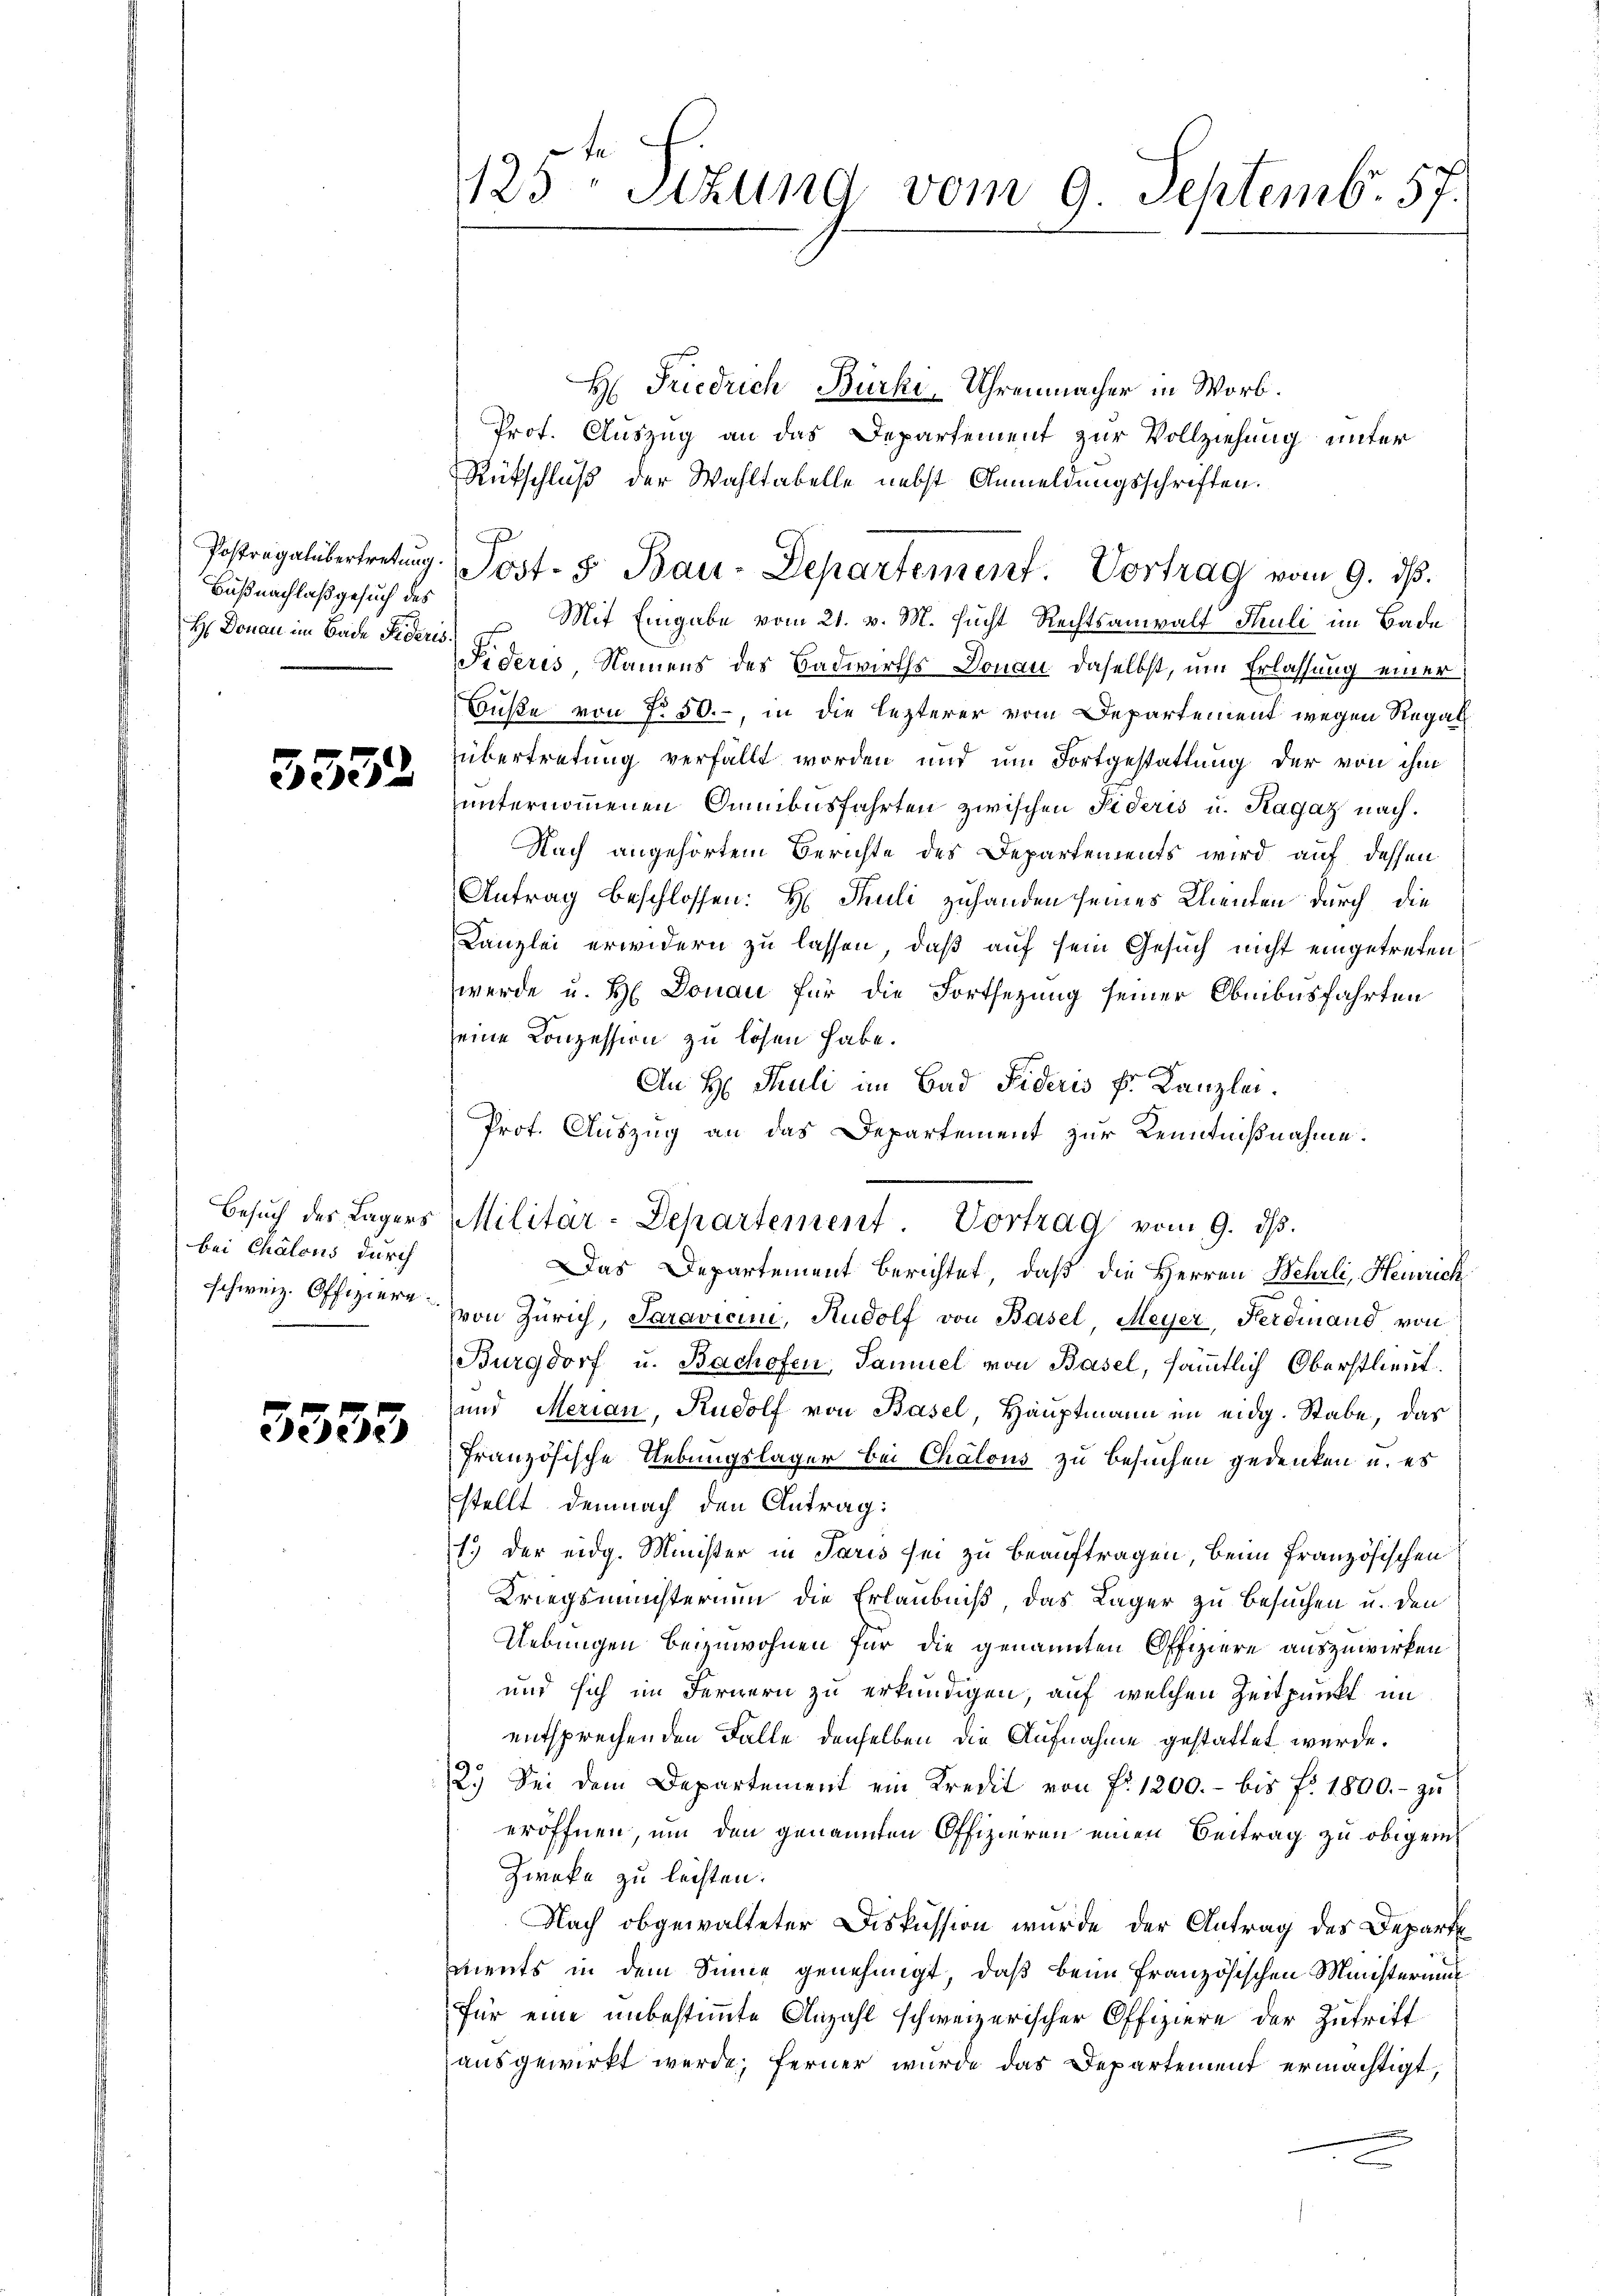
Baßnachlaß gesuch des
H. Donau im Bade Fideris

3332

bei Chalons durch

3553

H: Friedrich Bürki, Uhrenmacher in Worb.
Prof. Auszug an das Departement zur Vollziehung unter
Rückschluß der Wahltabelle nebst Anmeldungsschriften.
A
Mit Eingabe vom 21. v. M. sucht Rechtsanwalt Thuli im Bade
Sideris Namens des Badwirths-Donau daselbst, um Erlassung einer
Buße von No 50.-, in die lezterer vom Departement wegen Regal
übertretung verfällt worden und um Fortgestattung der von ihm
unternommenen Suibusfahrten zwischen Sideris u. Ragaz nach.
Nach angehörtem Berichte des Departements wird auf dessen
Antrag beschlossen: H: Thuli zuhanden seines Klienten durch die
Canzlei erwidern zu lassen, daß auf sein Gesuch nicht eingetreten.
werde u. H. Donau für die Fortsetzung seiner Obnibusfahrten
seine Conzession zu lösen habe.
An H. Thuli an Bad Fideris k. Kanzlei.
Prot. Auszug an das Departement zur Kenntnißnahme.
Das Departement berichtet, daß die Herren Wehrli, Heinrich
schweiz. Offiziere von Zürich, Saravicini, Rudolf von Basel, Meyer, Ferdinand von
Burgdorf u. Bachofen, Samuel von Basel, sämmtlich Oberstlieut.
ans Merian, Rudolf von Basel, Hauptmann im eidg. Stabe, das
Französische Uebungslager bei Chalous zu Besuchen gedenken u. es
stellt demnach den Antrag:
1.) Der eidg. Minister in Paris sei zu beauftragen, beim französischen
Kriegsminsterium die Erlaubniß das Lager zu Besuchen u. den
Uebungen beizuwohnen für die genannten Offiziere auszuwirken
und sich im Fernern zu erkundigen, auf welchen Zeitpunkt im
entsprechenden Falle denselben die Aufnahme gestattet wurde.
2.) Sei dem Departement ein Kredit von f. 1200.- bis f. 1800.- zŭ
eröffnen, um den genannten Offizieren einen Beitrag zu obigen
Zweke zu leisten.
Nach obgewalteter Diskussion wurde der Antrag des Departe
ments in dem Sinne genehmigt, daß beim französischen Ministerung
für eine unbestimmte Anzahl schweizerischer Offiziere der Zutrift
ausgewirkt werde, ferner wurde das Departement ermächtigt,

123 Sizung vom 9. Septemb. 57.

Postregalibertretŭng. Post- & Bau-Departement. Vortrag vom 9. ds.

Besŭch des Lagers Militär-Departement. Vortrag vom 9. dβ.